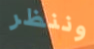
وننظر